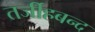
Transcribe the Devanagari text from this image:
तर्जीहबन्द